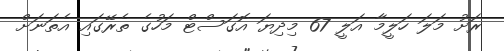
ރަށު މަލަ ހަލީމާ އަލީ 67 މިދިޔަ އޮގަސްޓް މަހުގެ ތެރޭގައި އެތަނަށް